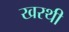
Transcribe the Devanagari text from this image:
खरथी